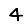
Digit: 4